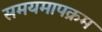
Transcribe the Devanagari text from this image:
समयमापक्रम